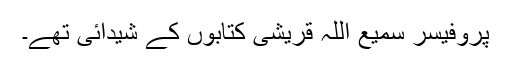
پروفیسر سمیع اللہ قریشی کتابوں کے شیدائی تھے۔